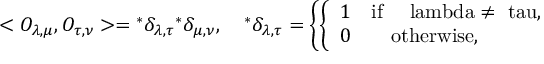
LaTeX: < O _ { \lambda , \mu } , O _ { \tau , \nu } > = { } ^ { * } \delta _ { \lambda , \tau } { } ^ { * } \delta _ { \mu , \nu } , \quad { } ^ { * } \delta _ { \lambda , \tau } = \left\{ \left\{ \begin{array} { l l } { { 1 \quad \mathrm { i f \quad { \ l a m b d a \neq \ t a u } , } } } \\ { { 0 \qquad \mathrm { o t h e r w i s e , } } } \end{array} \right. \right.